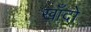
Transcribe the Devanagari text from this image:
खाँदो